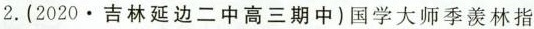
2.(2020·吉林延边二中高三期中)国学大师季羡林指